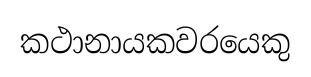
කථානායකවරයෙකු